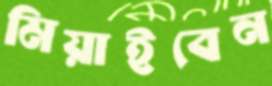
মিয়াইবেন